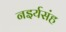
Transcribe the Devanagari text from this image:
नइर्यसंह